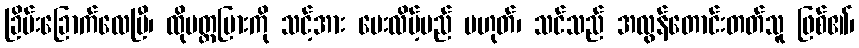
ခြိမ်းခြောက်လေပြီ၊ ထိုပတ္တမြားကို သင့်အား ပေးလိမ့်မည် မဟုတ်၊ သင်သည် အလွန်တောင်းတတ်သူ ဖြစ်၏၊